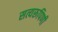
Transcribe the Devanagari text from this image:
सत्यरूपिणी